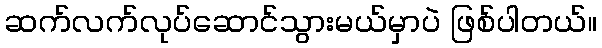
ဆက်လက်လုပ်ဆောင်သွားမယ်မှာပဲ ဖြစ်ပါတယ်။